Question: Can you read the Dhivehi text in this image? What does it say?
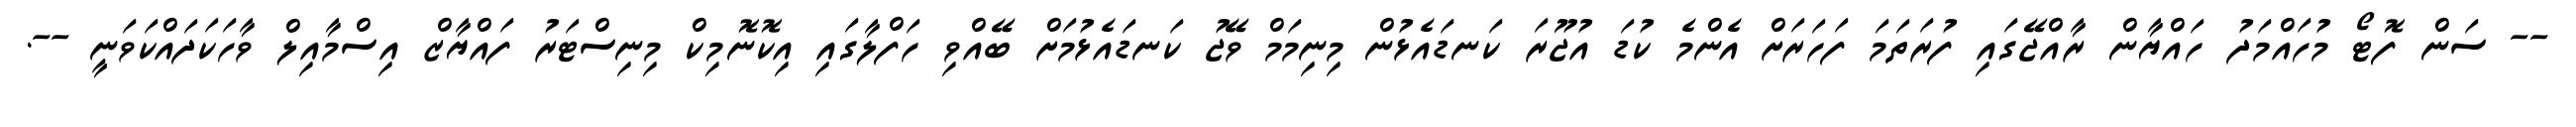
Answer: -- ސަން ފޮޓޯ މުހައްމަދު ހައްޔާން ރާއްޖޭގައި ފުރަތަމަ ފަހަރަށް އެންމެ ކުޑަ އުޖޫރަ ކަނޑައެޅުން މިނިމަމް ވޭޖު ކަނޑައެޅުމަށް ބޭއްވި ހަފްލާގައި އިކޮނޮމިކް މިނިސްޓަރު ފައްޔާޒް އިސްމާއިލް ވާހަކަދައްކަވަނީ --.